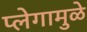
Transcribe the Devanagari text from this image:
प्लेगामुळे